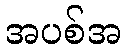
အပစ်အ